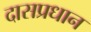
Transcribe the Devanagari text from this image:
दासप्रधान